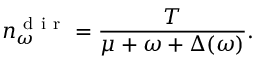
n _ { \omega } ^ { \mathrm { ~ d ~ i ~ r ~ } } = \frac { T } { \mu + \omega + \Delta ( \omega ) } .